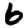
Digit: 6